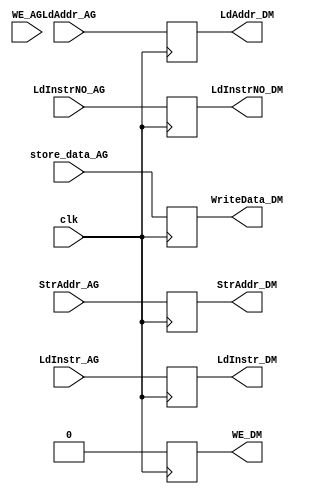
`timescale 1ns/100ps
module DMFF (
input  wire [31:0] LdInstrNO_AG,
input  wire [31:0] LdAddr_AG,
input  wire [31:0] StrAddr_AG,
input  wire        clk,
input  wire 	   WE_AG,
input  wire [31:0] store_data_AG,
output reg  [31:0] WriteData_DM,
output reg  [31:0] LdInstrNO_DM,
output reg  [31:0] LdAddr_DM,
output reg  [31:0] StrAddr_DM,
output reg 	       WE_DM,
output reg  [31:0] LdInstr_DM ,
input  wire [31:0] LdInstr_AG
);

always@(posedge clk)
begin
	  LdInstrNO_DM = LdInstrNO_AG ;
	  LdAddr_DM    = LdAddr_AG ;
	  StrAddr_DM   = StrAddr_AG ;
	  LdInstr_DM   = LdInstr_AG ;
	  WE_DM        = WE_AG  ;
	  WriteData_DM = store_data_AG  ;	  
	  #2
	  WE_DM = 1'b0;
end

endmodule